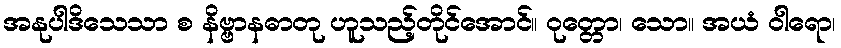
အနုပါဒိသေသာ စ နိဗ္ဗာနဓာတု ဟူသည့်တိုင်အောင်။ ဝုတ္တော၊ သော။ အယံ ဝါရော၊